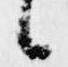
候